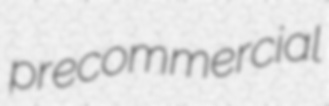
precommercial